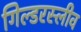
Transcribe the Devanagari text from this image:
गिल्डरस्लीव